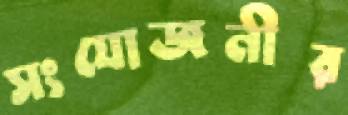
সংযোজনীর